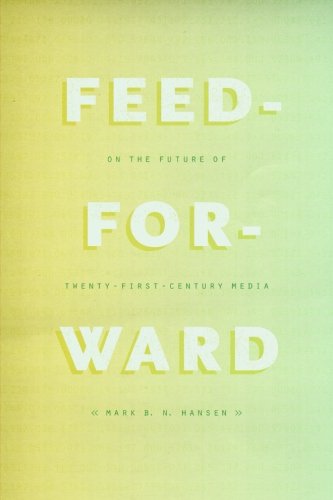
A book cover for Feed-Forward: On the Future of Twenty-First-Century Media; Mark B. N. Hansen; Politics & Social Sciences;